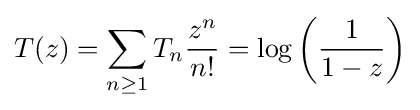
T(z)=\sum _{n\geq 1}T_{n}{\frac {z^{n}}{n!}}=\log \left({\frac {1}{1-z}}\right)